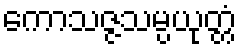
ကောသဇ္ဇသမ္ပယုတ္တံ